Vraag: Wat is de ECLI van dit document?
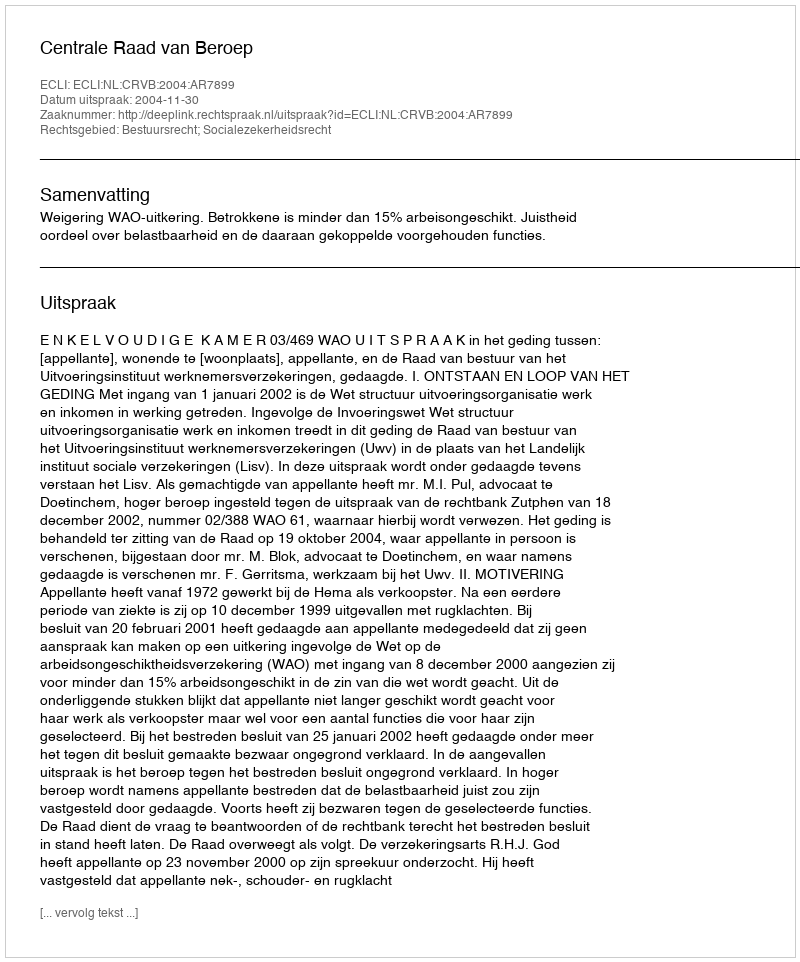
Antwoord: ECLI:NL:CRVB:2004:AR7899